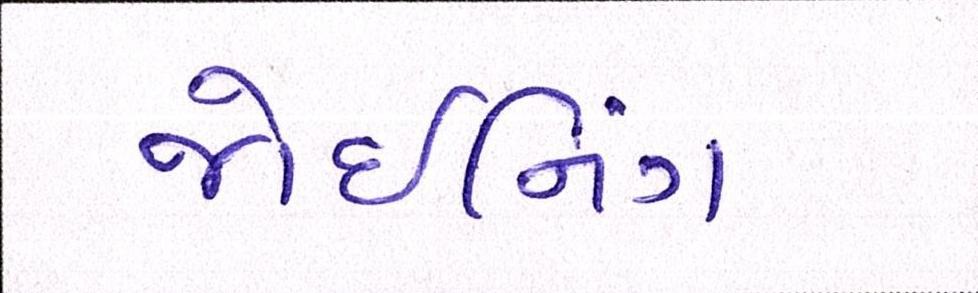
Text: જોઇનિંગ